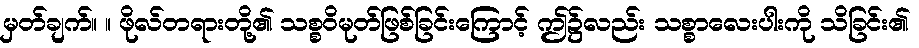
မှတ်ချက်။ ။ ဖိုလ်တရားတို့၏ သစ္စဝိမုတ်ဖြစ်ခြင်းကြောင့် ဤ၌လည်း သစ္စာလေးပါးကို သိခြင်း၏